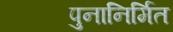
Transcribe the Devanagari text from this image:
पुनानिर्मित